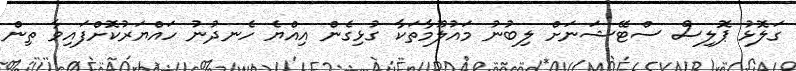
ގަލޮޅު ޕޮލިސް ސްޓޭޝަނަށް ލިބުނު މައުލޫމާތަކާ ގުޅިގެން އިއްޔެ ހެނދުނު ހައްޔަރުކޮށްފައިވާ ތިން